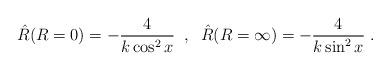
LaTeX: \begin{align*}{\hat R}(R=0)=-{4\over k\cos^2 x}\;\;,\;\;{\hat R}(R=\infty)=-{4\over k\sin^2 x}\; .\end{align*}